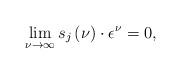
LaTeX: \begin{align*}\lim_{\nu\rightarrow\infty}s_{j}\left(\nu\right)\cdot\epsilon^{\nu}=0,\end{align*}